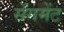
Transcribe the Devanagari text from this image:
सेंगमेंट